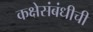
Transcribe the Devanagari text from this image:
कक्षेसंबंधीची